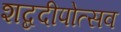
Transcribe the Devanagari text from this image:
शब्ददीपोत्सव